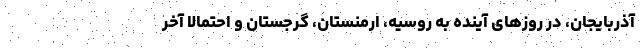
آذربایجان، در روزهای آینده به روسیه، ارمنستان، گرجستان و احتمالا آخر